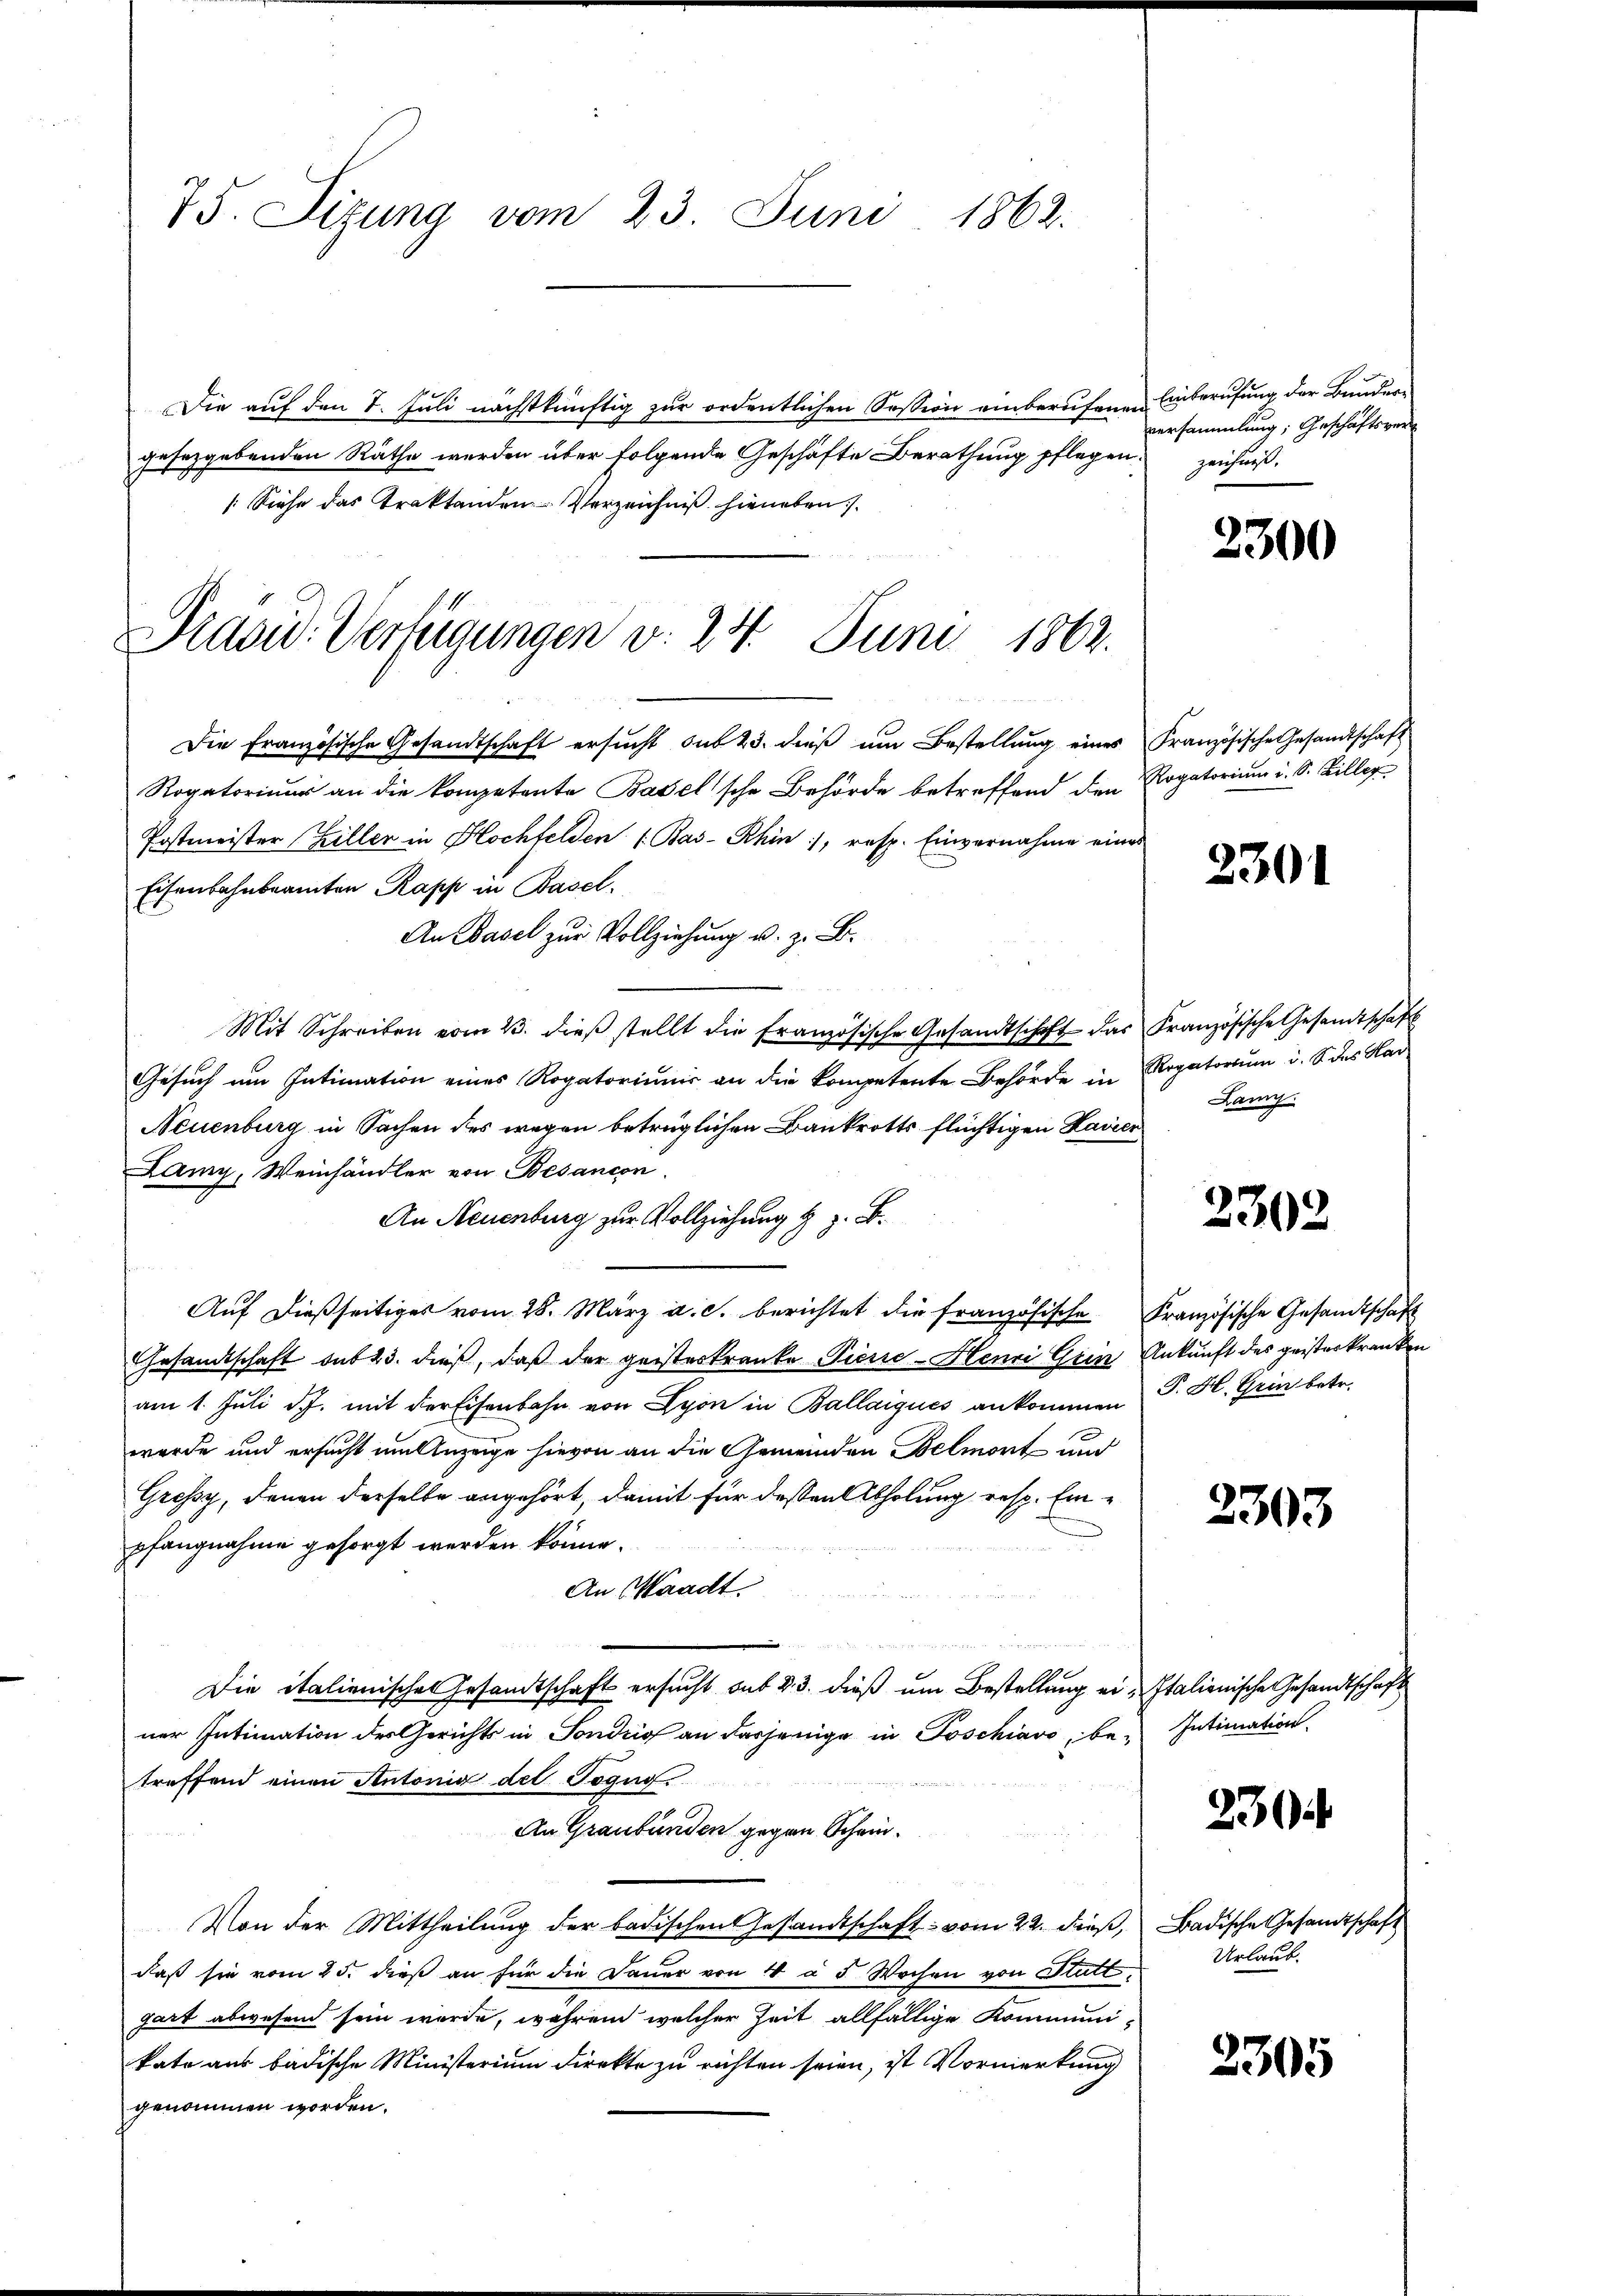
75. Sizung vom 23. Juni 1862.

Die auf den 7. Juli nächstkünftig zur ordentlichen Session einberufenen Einberufung der Bundergesetzgebenden Räthe werden über folgende Geschäfte Berathung pflegen, zeichniß
2
[Siehe das Traktanden Verzeichniß hieneben.

Prasid. Verfügungen d. 24. Juni 1862.

Die Französische Gesandtschaft ersŭcht sub 23. dieβ ŭm Bestellŭng eines Französische Gesandtschaft
Rogatoriums an die kompetente Baselsche Behörde betreffend den Rogatorium i. S. Biller
Postmeister Hüller in Hochfelden (Bas-Rhin, resp. Einvernahme eines
Eisenbahnbeamten Rapp in Basel.
An Basel zur Vollziehung u. z. B.
Mit Schreiben vom 23. dieβ stellt die Französische Gesandtschaft das Französische Gesandtschaf
Gesuch um Intimation eines Rogatoriumis an die kompetente Behörde in
Neuenburg in Sachen des wegen betrüglichen Bankrotts flüchtigen Lavier
Lany, Weinhändler von Besancon
An Neuenburg zur Vollziehung l. z. B.
Auf dießseitiges vom 28. März a. c. berichtet die französische Französische Gesandtschaft
Gesandtschaft sub 23. dieß, daß der geisterkranke Pierie-Henni Grin Ankunft des geisterkranken
am 1. Juli d. J. mit der Eisenbahn von Lyon in Ballaigues ankommen P. H. Grin betr.
wurde und ersucht um Anzeige hievon an die Gemeinden Belmort und
Gressz, denen derselbe angehört, damit für dessen Abholung resp. Ein-
pfangnahme gesorgt werden könne.
An Waadt.
n
Die italienisches Gesandtschaft ersucht sub 23. dieß um Bestellung ei-Italienische Gesandtschaft
ner Intimation des Gerichts in Sondrio an dasjenige in Poschiavo, be¬ Intimation
treffend einen Antonia des Togus
An Graubünden gegen Schein¬
Von der Mittheilung der badischen Gesandtschaft vom 22. dieß,
daß sie vom 25. dieß an für die Dauer von 4 à 5 Wochen von Stattgart abwesend sein werde, wahrend welcher Zeit allfällige Kommunikate aus badische Ministerium direkte zu richten seien, ist Vormerkung
genommen worden.

versammlung, Geschäftsver¬

2300

2301

Rogatorium u. das Har
Lanz

2302

2303

2304

Badische Gesandtschaft
Urlaub.

2305